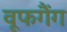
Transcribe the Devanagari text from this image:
वूफगैंग